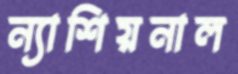
ন্যাশিয়নাল